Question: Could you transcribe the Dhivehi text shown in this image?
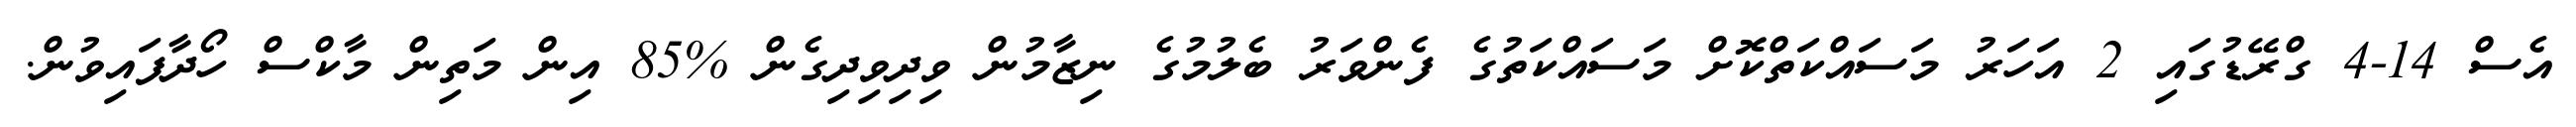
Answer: އެސް 14-4 ގްރޭޑުގައި 2 އަހަރު މަސައްކަތްކޮށް މަސައްކަތުގެ ފެންވަރު ބެލުމުގެ ނިޒާމުން ވިދިވިދިގެން %85 އިން މަތިން މާކްސް ހޯދާފައިވުން.